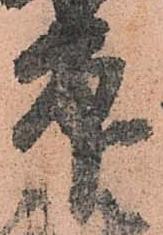
印